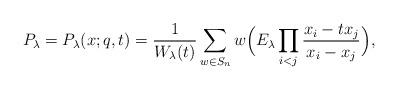
LaTeX: \begin{align*}P_\lambda = P_\lambda(x;q,t) = \frac{1}{W_\lambda(t)}\sum_{w\in S_n} w\Big( E_\lambda \prod_{i<j} \frac{x_i-tx_j}{x_i-x_j}\Big),\end{align*}